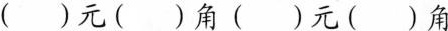
()元()角()元()角